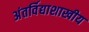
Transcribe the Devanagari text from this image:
अंतर्विद्याशाखीय